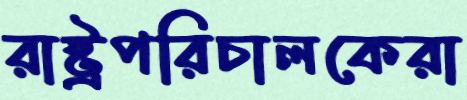
রাষ্ট্রপরিচালকেরা